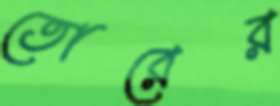
তোরের